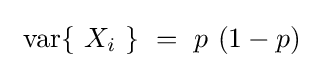
\ \operatorname {var} \{\ X_{i}\ \}\ =\ p\ (1-p)~~